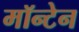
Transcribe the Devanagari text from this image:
मॉन्टेन